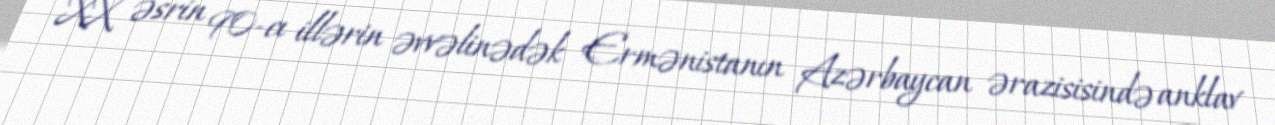
XX əsrin 90-cı illərin əvvəlinədək Ermənistanın Azərbaycan ərazisisində anklav